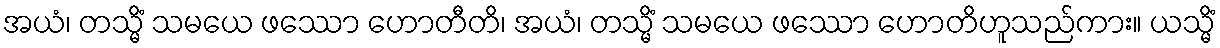
အယံ၊ တသ္မိံ သမယေ ဖဿော ဟောတီတိ၊ အယံ၊ တသ္မိံ သမယေ ဖဿော ဟောတိဟူသည်ကား။ ယသ္မိံ